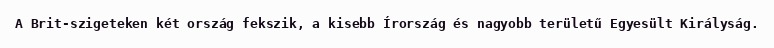
A Brit-szigeteken két ország fekszik, a kisebb Írország és nagyobb területű Egyesült Királyság.